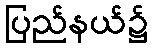
ပြည်နယ်၌